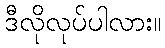
ဒီလိုလုပ်ပါလား။